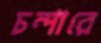
চম্পারে